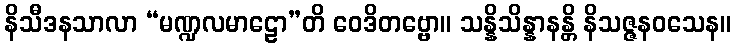
နိသီဒနသာလာ “မဏ္ဍလမာဠော”တိ ဝေဒိတဗ္ဗော။ သန္နိသိန္နာနန္တိ နိသဇ္ဇနဝသေန။